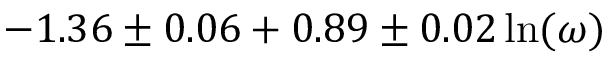
- 1 . 3 6 \pm 0 . 0 6 + 0 . 8 9 \pm 0 . 0 2 \ln ( \omega )